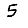
Digit: 5